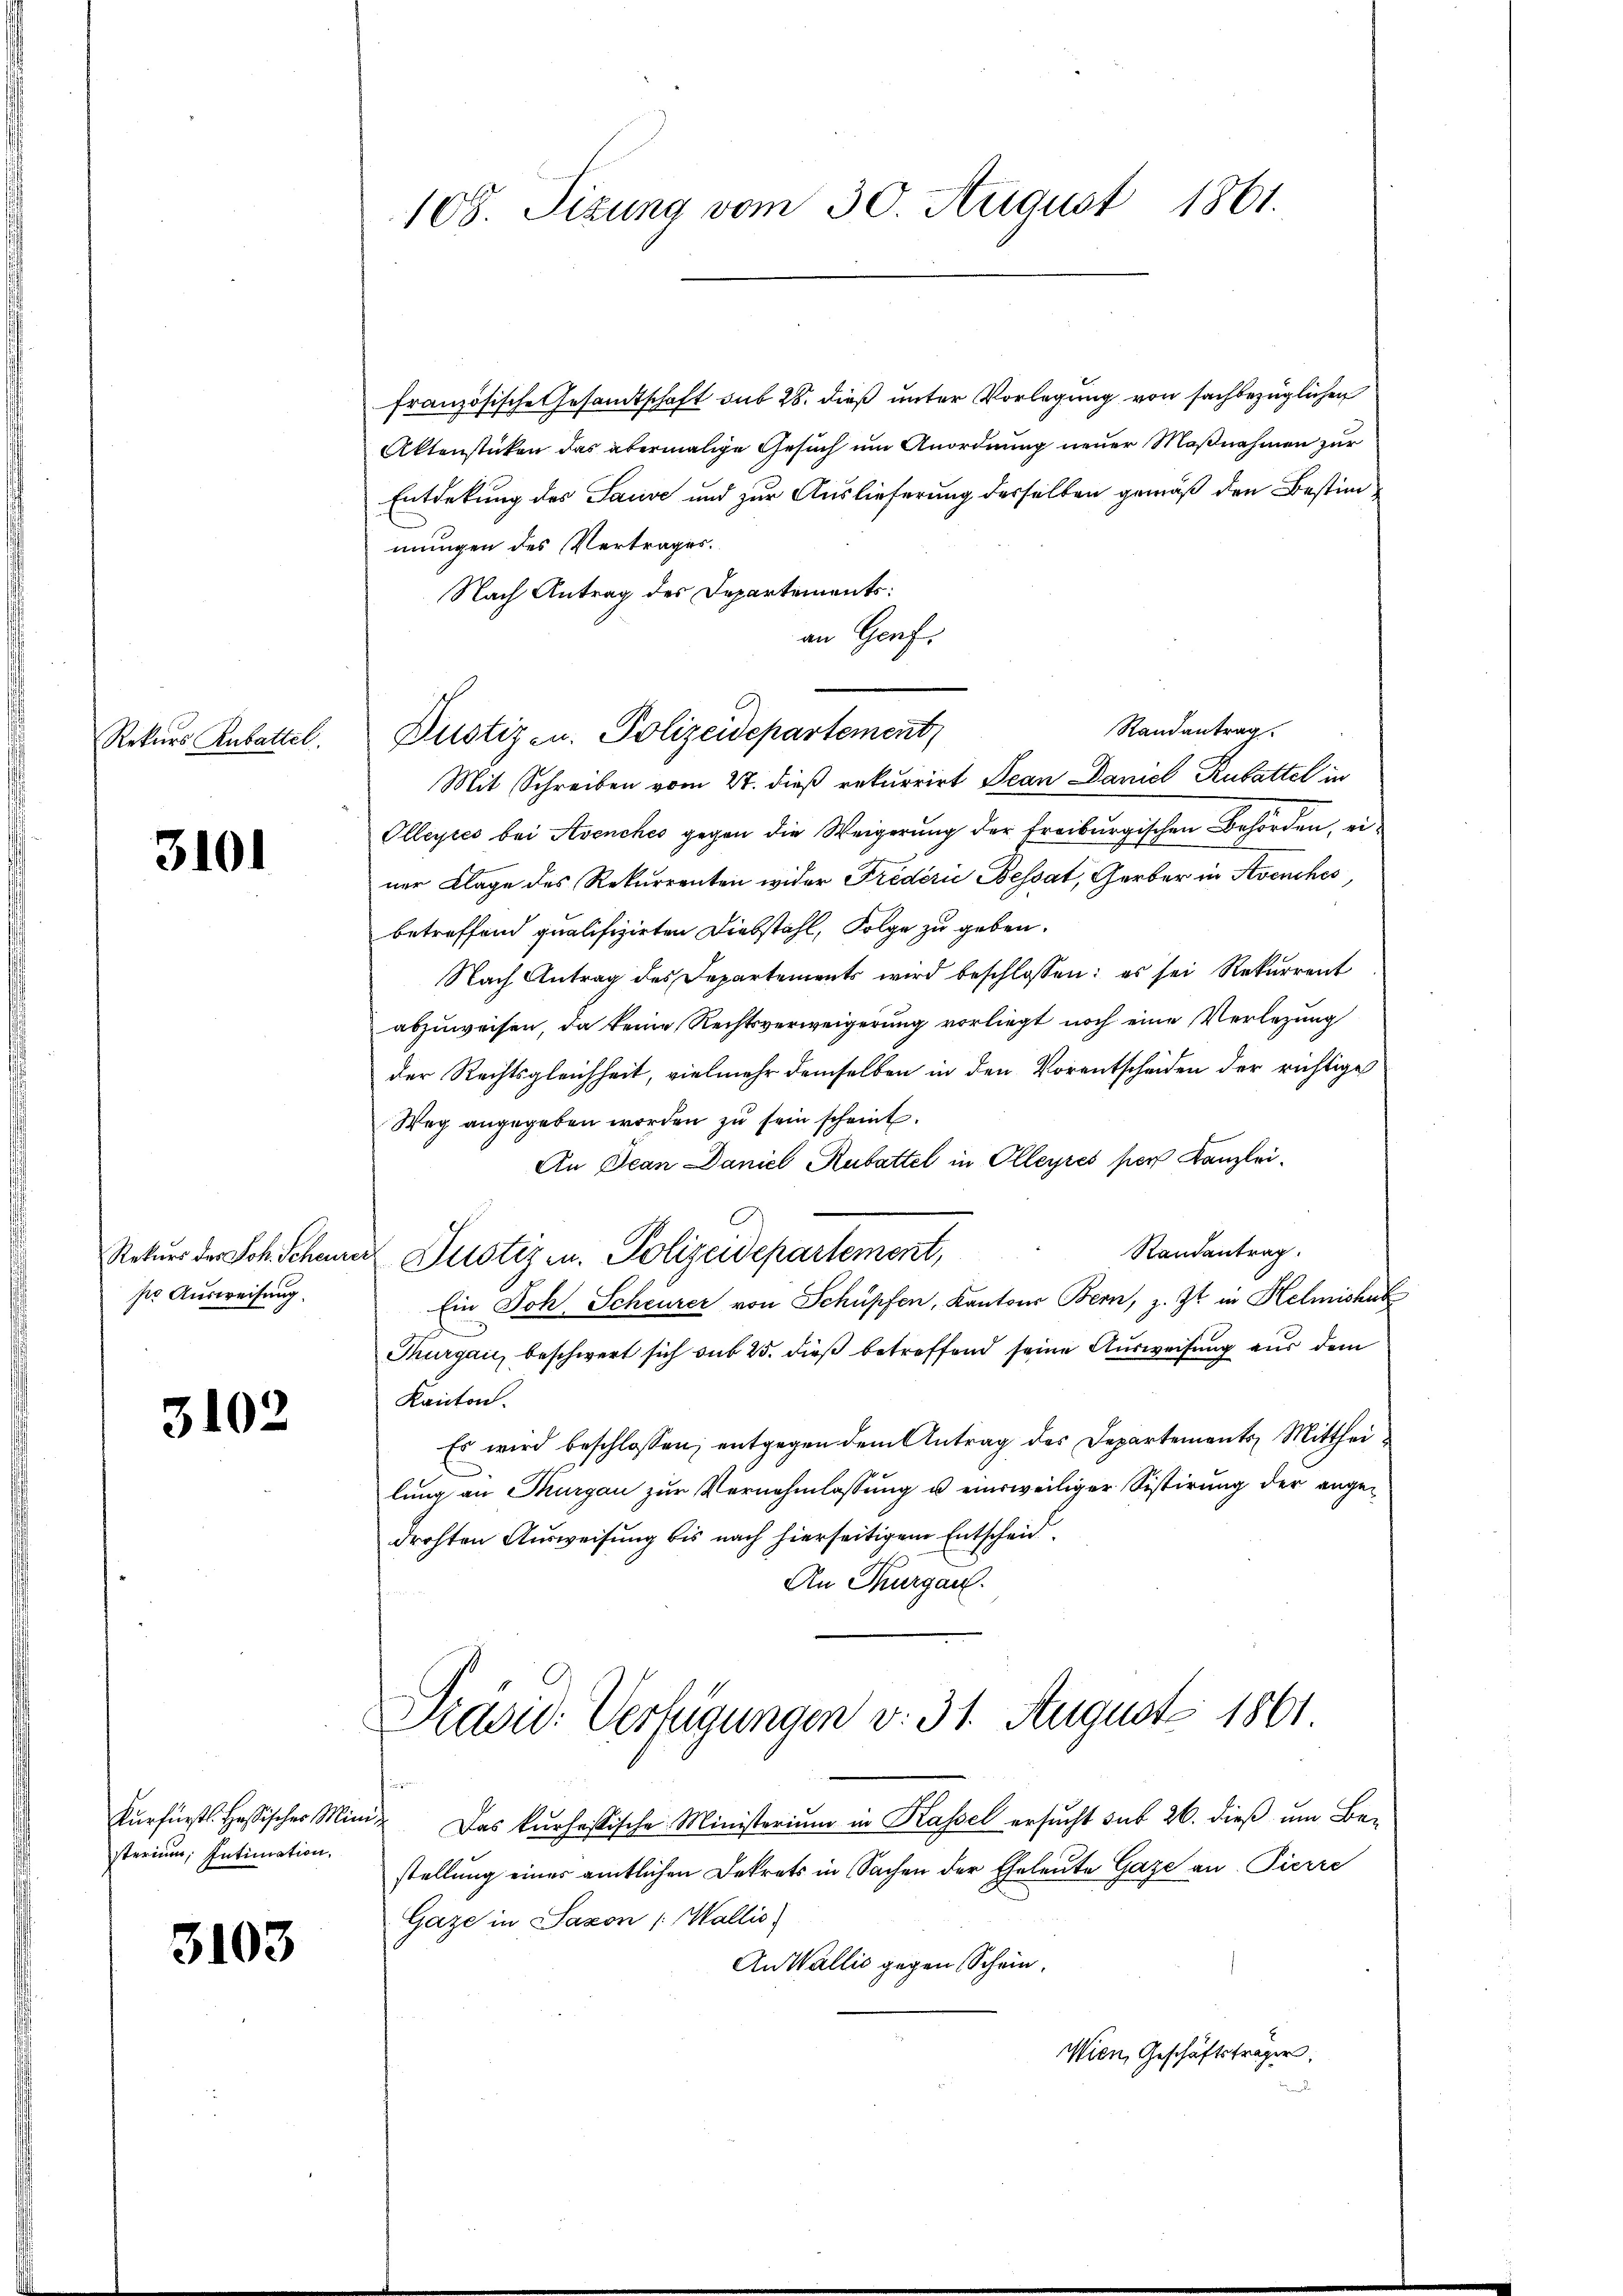
Rekurs Rubattel.

3101

Rekurs des Joh. Scheur
ser Ausweisung.

3102

Kurfürstl. Heßisches Min
sterium Intimation,

3103

108. Sizung vom 30. August 1861.

französische Gesamtschaft sub 28. dieß unter Vorlegung von sachbezüglichen
Aktenstücken das abermalige Gesuch um Anordnung neuer Maßnahmen zur
Entdekung des Sause und zur Auslieferung desselben gemäß den Bestimmungen des Vertrages.
Nach Antrag des Departements:
an Genf.
Randantrag
Mit Schreiben vom 27. dieß rekurrirt Jean Daniel Rubattel in
Olleyres bei Avenches gegen die Weigerung der Freiburgischen Behörden, einer Klage des Rekurrenten wider Frederie Bessat, Gerber in Avenches,
betreffend qualifizirten Diebstahl, Folge zu geben.
Nach Antrag des Separtements wird beschlossen: es sei Rekurrent
abzuweisen, da keine Rechtsverweigerung vorliegt noch eine Verlegung
der Rechtsgleichheit, vielmehr demselben in den Vorentscheiden der richtige
Weg angegeben worden zŭ sein scheint.
An Jean Daniel Rubattel in Olleyres per Kanzlei-
Randantrag.
 Justiz- u. Polizeidepartement,
Ein Joh. Scheurer von Schüpfen, Kantons Bern, z. Zt. in Helmishus

Thurgau, beschwert sich sub 25. dieß betreffend seine Ausweisung aus dem
Kanton.
Es wird beschlossen, entgegen dem Antrag des Departements Mittheilung an Thurgau zur Vernehmlassung u einsweiliger Sistirung der angedrohten Ausweisung bis nach hierseitigem Entscheid
An Thurgau.
Prasid. Verfügungen v. 31. August 1861
u. Das kursessische Ministerium in Kassel ersucht sub 26. dieß um Be-
stellung eines amtlichen Dekrets in Sachen der Eheleute Gaze an Pierre
Gaze in Saxon (Wallis
An Wallis gegen Schein.
Wien, Geschäftsträger,

Dustiz- u. Polizeidepartement,